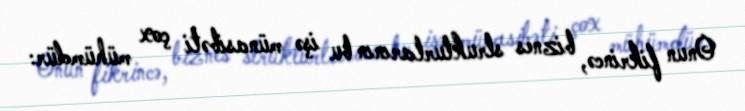
Onun fikrincə, biznes strukturlarının bu işə münasibəti çox mühümdür: